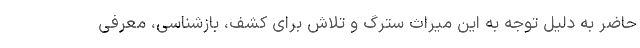
حاضر به دلیل توجه به این میراث سترگ و تلاش برای کشف، بازشناسی، معرفی